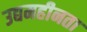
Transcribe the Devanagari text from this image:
उद्यमहीनता